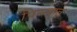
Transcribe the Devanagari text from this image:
पिन्न्हात